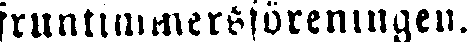
fruntimmersföreningen.